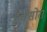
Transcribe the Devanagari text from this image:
इक्सोरा